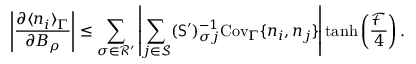
\left| \frac { \partial \langle n _ { i } \rangle _ { \Gamma } } { \partial B _ { \rho } } \right| \leq \sum _ { \sigma \in \mathcal { R } ^ { \prime } } \left| \sum _ { j \in \mathcal { S } } ( \mathsf { S } ^ { \prime } ) _ { \sigma j } ^ { - 1 } \mathrm { C o v } _ { \Gamma } \{ n _ { i } , n _ { j } \} \right| \operatorname { t a n h } \left( \frac { \mathcal { F } } { 4 } \right) .